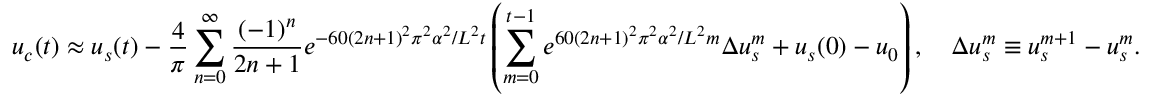
u _ { c } ( t ) \approx u _ { s } ( t ) - \frac { 4 } { \pi } \sum _ { n = 0 } ^ { \infty } \frac { ( - 1 ) ^ { n } } { 2 n + 1 } e ^ { - 6 0 ( 2 n + 1 ) ^ { 2 } \pi ^ { 2 } \alpha ^ { 2 } / L ^ { 2 } t } \left( \sum _ { m = 0 } ^ { t - 1 } e ^ { 6 0 ( 2 n + 1 ) ^ { 2 } \pi ^ { 2 } \alpha ^ { 2 } / L ^ { 2 } m } \Delta u _ { s } ^ { m } + u _ { s } ( 0 ) - u _ { 0 } \right) , \quad \Delta u _ { s } ^ { m } \equiv u _ { s } ^ { m + 1 } - u _ { s } ^ { m } .